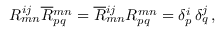
R _ { m n } ^ { i j } \overline { { { R } } } { } _ { p q } ^ { m n } = \overline { { { R } } } { } _ { m n } ^ { i j } R _ { p q } ^ { m n } = \delta _ { p } ^ { i } \, \delta _ { q } ^ { j } \, ,